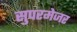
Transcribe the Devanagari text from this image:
सुपरमेजर